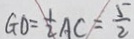
G O = \frac { 1 } { 2 } A C = \frac { 5 } { 2 }